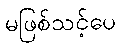
မဖြစ်သင့်ပေ